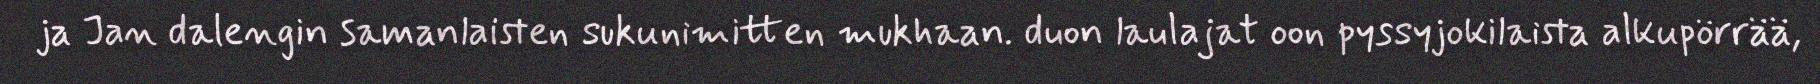
ja Jan dalengin samanlaisten sukunimitten mukhaan. duon laulajat oon pyssyjokilaista alkupörrää,